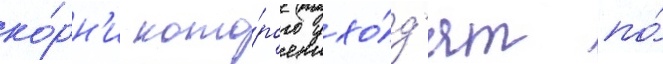
ко́рн'и кото́рого ухо́д'ят по́